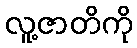
လူ့ဇာတိကို